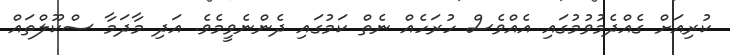
ކުރިއަށް ގެއްދެމުވުމުގައި އެއްވެސް ހުރަހެއް ނެތް ކަމުގައި ދެންނެވީމެވެ. އަދި މާދަމާ ސްކޫލްތައް